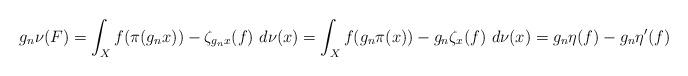
LaTeX: \begin{align*}g_{n}\nu(F) &= \int_{X} f(\pi(g_{n}x)) - \zeta_{g_{n}x}(f)~d\nu(x)= \int_{X} f(g_{n}\pi(x)) - g_{n}\zeta_{x}(f)~d\nu(x)= g_{n}\eta(f) - g_{n}\eta^{\prime}(f)\end{align*}